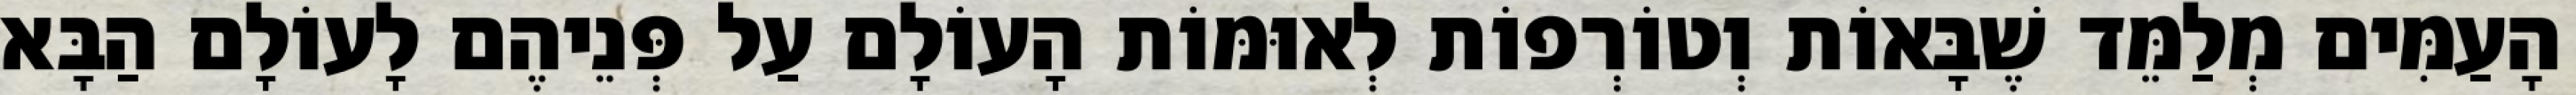
הָעַמִּים מְלַמֵּד שֶׁבָּאוֹת וְטוֹרְפוֹת לְאוּמּוֹת הָעוֹלָם עַל פְּנֵיהֶם לָעוֹלָם הַבָּא